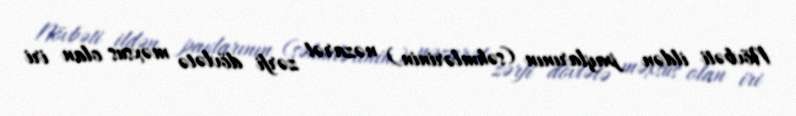
Növbəti ildən paylarının (səhmlərinin) nəzarət zərfi dövlətə məxsus olan iri